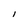
Character: I